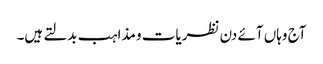
آج وہاں آئے دن نظریات و مذاہب بدلتے ہیں۔